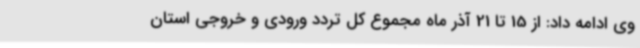
وی ادامه داد: از 15 تا 21 آذر ماه مجموع کل تردد ورودی و خروجی استان